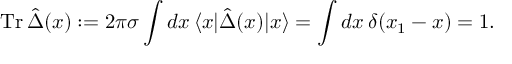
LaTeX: \mathrm { T r } \, \hat { \Delta } ( x ) : = 2 \pi \sigma \int d x \, \langle x | \hat { \Delta } ( x ) | x \rangle = \int d x \, \delta ( x _ { 1 } - x ) = 1 .